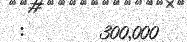
:       300